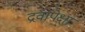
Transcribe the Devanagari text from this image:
द्रवापेक्षा